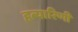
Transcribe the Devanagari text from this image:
हत्यारिणी